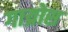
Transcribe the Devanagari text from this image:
गाय्रोस